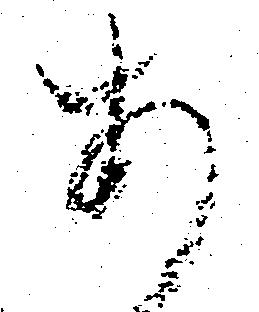
あ